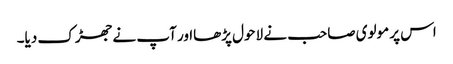
اس پر مولوی صاحب نے لاحول پڑھااور آپ نے جھڑک دیا۔